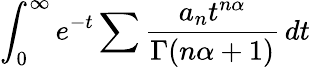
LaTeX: \int_{0}^{\infty}e^{-t}\sum{\frac{a_{n}t^{n\alpha}}{\Gamma(n\alpha+1)}}\, dt